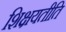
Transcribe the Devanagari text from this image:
शिक्षयतीति